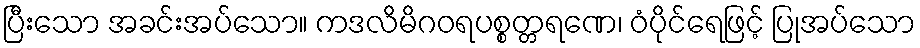
ပြီးသော အခင်းအပ်သော။ ကဒလိမိဂဝရပစ္စတ္တရဏေ၊ ဝံပိုင်ရေဖြင့် ပြုအပ်သော